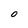
Character: O